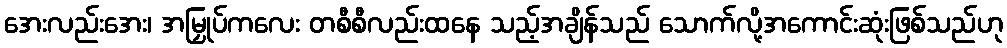
အေးလည်းအေး၊ အမြှုပ်ကလေး တစီစီလည်းထနေ သည့်အချိန်သည် သောက်လို့အကောင်းဆုံးဖြစ်သည်ဟု